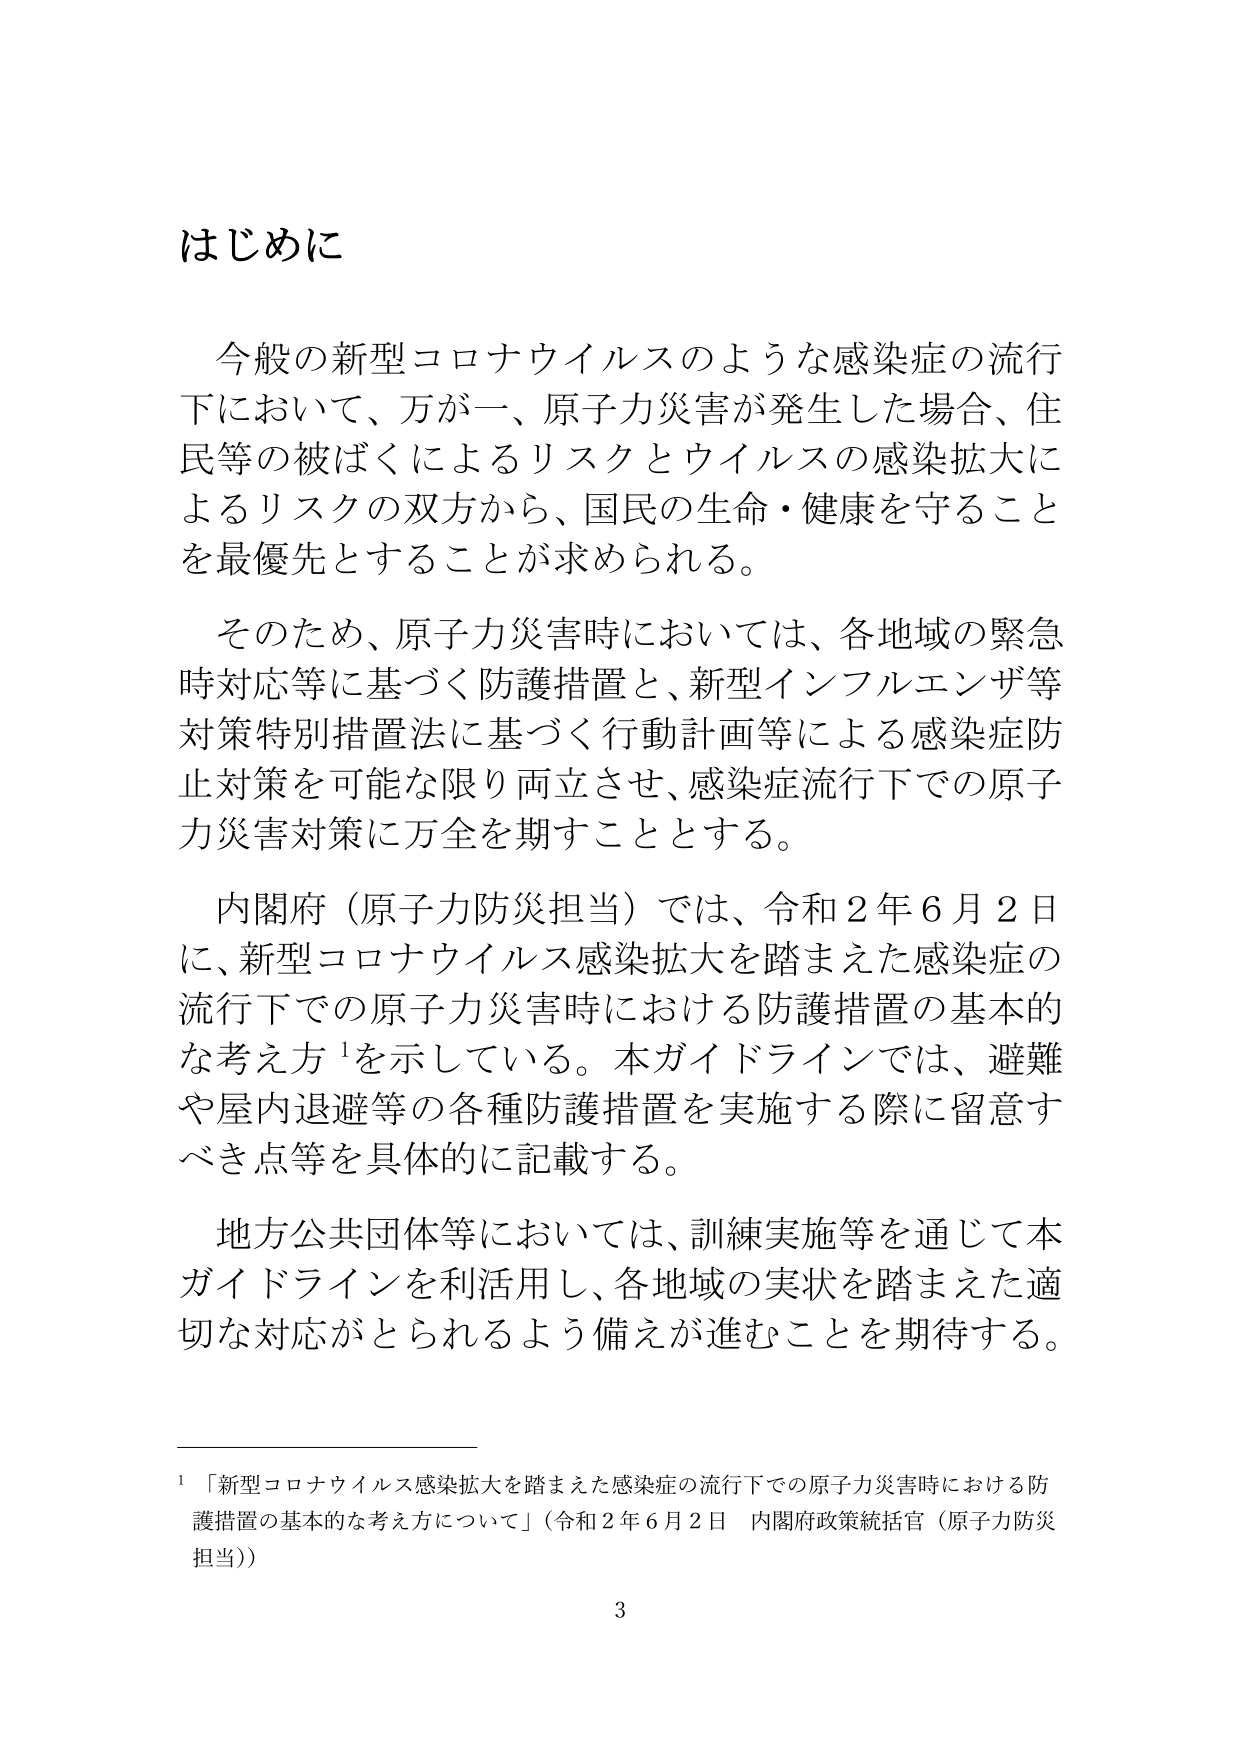
はじめに

今般の新型コロナウイルスのような感染症の流行下において、万が一、原子力災害が発生した場合、住民等の被ばくによるリスクとウイルスの感染拡大によるリスクの双方から、国民の生命・健康を守ることを最優先とすることが求められる。

そのため、原子力災害時においては、各地域の緊急時対応等に基づく防護措置と、新型インフルエンザ等対策特別措置法に基づく行動計画等による感染症防止対策を可能な限り両立させ、感染症流行下での原子力災害対策に万全を期すこととする。

内閣府（原子力防災担当）では、令和２年６月２日に、新型コロナウイルス感染拡大を踏まえた感染症の流行下での原子力災害時における防護措置の基本的な考え方¹を示している。本ガイドラインでは、避難や屋内退避等の各種防護措置を実施する際に留意すべき点等を具体的に記載する。

地方公共団体等においては、訓練実施等を通じて本ガイドラインを利活用し、各地域の実状を踏まえた適切な対応がとられるよう備えが進むことを期待する。

¹「新型コロナウイルス感染拡大を踏まえた感染症の流行下での原子力災害時における防護措置の基本的な考え方について」（令和２年６月２日 内閣府政策統括官（原子力防災担当））

3